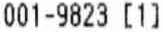
001-9823 [1]